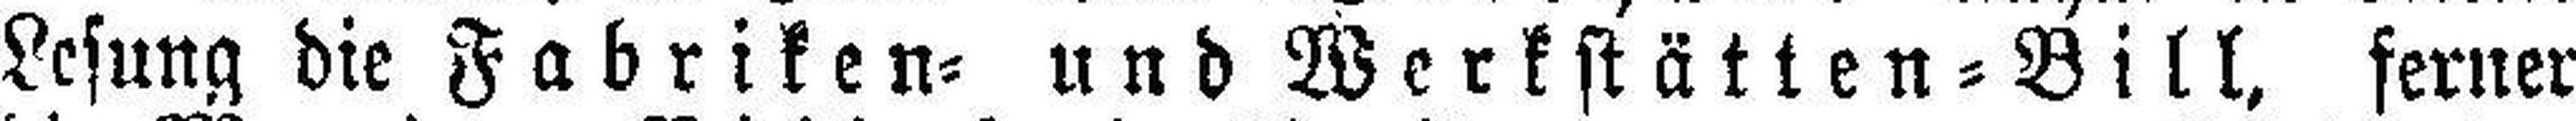
Lesung die Fabriken= und Werkstätten=Bill, ferner